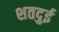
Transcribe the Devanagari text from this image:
शतदुई